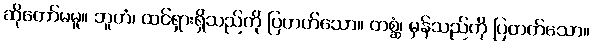
ဆိုတော်မမူ။ ဘူတံ၊ ထင်ရှားရှိသည်ကို ပြတတ်သော။ တစ္ဆံ၊ မှန်သည်ကို ပြတတ်သော။